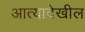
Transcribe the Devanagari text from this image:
आत्यादेखील